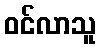
ဝင်လာသူ